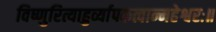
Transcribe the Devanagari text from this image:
विष्णुरित्याहुर्व्यापकत्वान्महेश्वरः॥